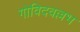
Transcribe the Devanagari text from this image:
गोविदवल्लभ